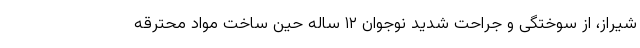
شیراز، از سوختگی و جراحت شدید نوجوان ۱۲ ساله حین ساخت مواد محترقه